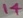
Text: 14